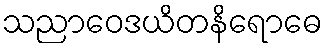
သညာဝေဒယိတနိရောဓေ